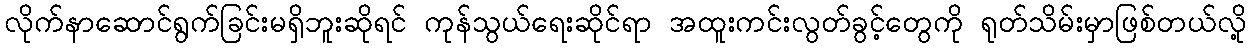
လိုက်နာဆောင်ရွက်ခြင်းမရှိဘူးဆိုရင် ကုန်သွယ်ရေးဆိုင်ရာ အထူးကင်းလွတ်ခွင့်တွေကို ရုတ်သိမ်းမှာဖြစ်တယ်လို့